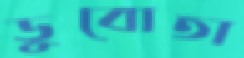
ডুবোতা